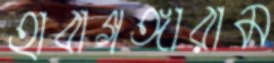
হাবাগঙ্গারাম